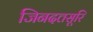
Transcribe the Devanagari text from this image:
जिनदत्तसूरि